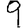
Digit: 9